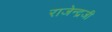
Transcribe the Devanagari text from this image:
राजेन्द्रजी